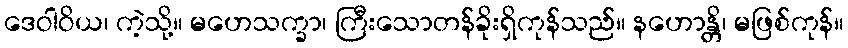
ဒေဝါဝိယ၊ ကဲ့သို့။ မဟေသက္ခာ၊ ကြီးသောတန်ခိုးရှိကုန်သည်။ နဟောန္တိ၊ မဖြစ်ကုန်။